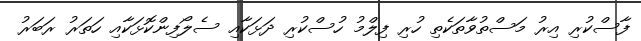
ފާސްކުރި އިރު މަސްތުވާތަކެތި ހުރި ފިލްމު ހުސްކުރި ދަޅަކާއި ސެލޯފިންކޮޅަކާއި ހަތަރު ރަބަރު